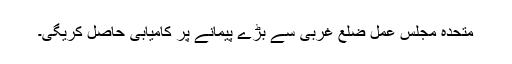
متحدہ مجلس عمل ضلع غربی سے بڑے پیمانے پر کامیابی حاصل کریگی۔